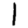
Digit: 1